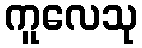
ကူလေသု